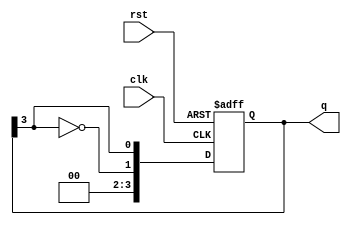
module johnson_counter #(
    parameter n = 4  // Number of flip-flops
)(
    input wire clk,      // Clock input
    input wire rst,      // Asynchronous reset
    output reg [n-1:0] q // Counter output
);

// Sequential logic to implement the Johnson counter
always @(posedge clk or posedge rst) begin
    if (rst) begin
        q <= {n{1'b0}}; // Reset all flip-flops to 0
    end else begin
        q <= {~q[n-1], q[n-1:n-1]}; // Shift and feedback the inverted output
    end
end

endmodule